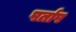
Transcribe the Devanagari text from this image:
पर्ताप